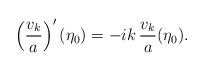
LaTeX: \begin{align*}\left(\frac{v_k}{a}\right)'(\eta_0)=-i k \,\frac{v_k}{a}(\eta_0).\end{align*}